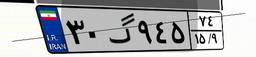
۳۰گ۹۴۵۷۴